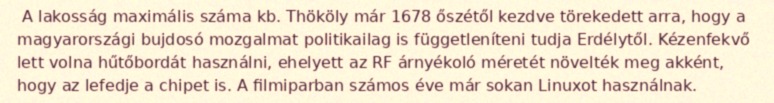
A lakosság maximális száma kb. Thököly már 1678 őszétől kezdve törekedett arra, hogy a magyarországi bujdosó mozgalmat politikailag is függetleníteni tudja Erdélytől. Kézenfekvő lett volna hűtőbordát használni, ehelyett az RF árnyékoló méretét növelték meg akként, hogy az lefedje a chipet is. A filmiparban számos éve már sokan Linuxot használnak.